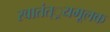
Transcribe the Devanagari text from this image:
स्वातंत््रयमूलक